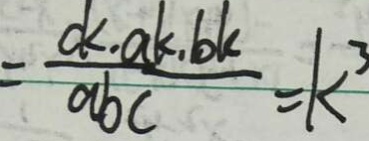
= \frac { d < a k . b k } { a b c } = k ^ { 3 }